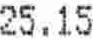
25.15